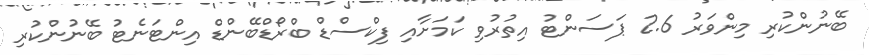
ބޭނުންކުރި މިންވަރު 2.6 ޕަސަންޓު އިތުރުވި ކަމަށާއި ފިކްސްޑް ބްރޯޑްބޭންޑް އިންޓަނެޓު ބޭނުންކުރި